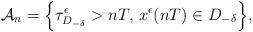
LaTeX: \begin{align*}\mathcal{A}_n = \Bigl\{ \tau_{D_{-\delta}}^{\epsilon} > nT,\, x^{\epsilon}(nT) \in D_{-\delta}\Bigl\}, \end{align*}